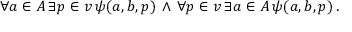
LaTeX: \forall a \in A \, \exists p \in v \, \psi ( a , b , p ) \, \land \, \forall p \in v \, \exists a \in A \, \psi ( a , b , p ) \, .